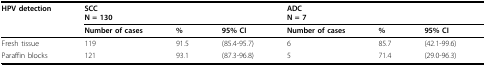
| HPV detection | <COLSPAN=3> SCCN = 130 | <COLSPAN=3> ADCN = 7 |
 |  | Number of cases | % | 95% CI | Number of cases | % | 95% CI |
 | --- | --- | --- | --- | --- | --- | --- |
 | Fresh tissue | 119 | 91.5 | (85.4-95.7) | 6 | 85.7 | (42.1-99.6) |
 | Paraffin blocks | 121 | 93.1 | (87.3-96.8) | 5 | 71.4 | (29.0-96.3) |